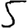
Digit: 5